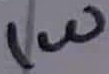
Text: 1W